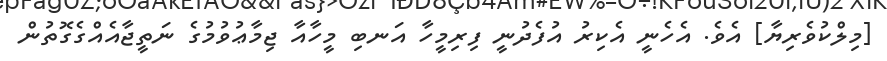
[މިލްކުވެރިޔާ] އެވެ. އެހެނީ އެކިރު އުފެދުނީ ފިރިމީހާ އަނބި މީހާއާ ޖިމާޢުވުމުގެ ނަތީޖާއެއްގެގޮތުން